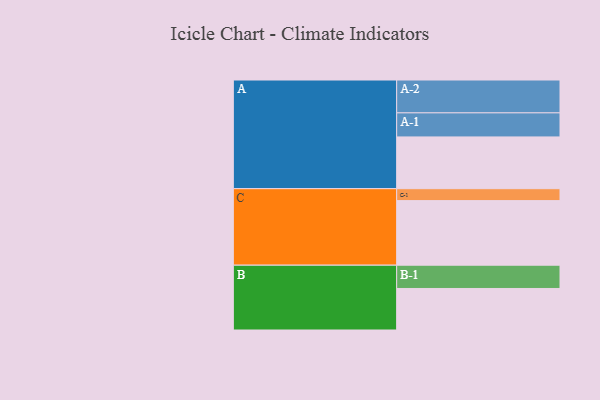
{"axis": {"x": "Segment", "y": "Value"}, "legend": ["", "A", "B", "C"], "data": [{"x": "A", "y": 460, "type": ""}, {"x": "B", "y": 369, "type": ""}, {"x": "C", "y": 574, "type": ""}, {"x": "A-1", "y": 214, "type": "A"}, {"x": "A-2", "y": 292, "type": "A"}, {"x": "B-1", "y": 207, "type": "B"}, {"x": "C-1", "y": 106, "type": "C"}]}